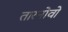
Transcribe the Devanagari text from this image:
तारनोवो